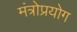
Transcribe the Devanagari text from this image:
मंत्रोप्रयोग